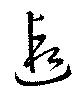
遐